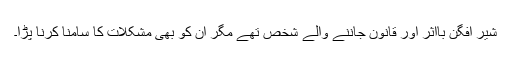
شیر افگن بااثر اور قانون جاننے والے شخص تھے مگر ان کو بھی مشکلات کا سامنا کرنا پڑا۔